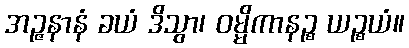
အဉ္ဇနာနံ ခယံ ဒိသွာ၊ ဝမ္မိကာနဉ္စ ယဉ္စယံ။